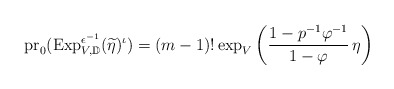
\begin{align*}\mathrm{pr}_0 (\mathrm{Exp}_{V,\mathbb D}^{\epsilon^{-1}}(\widetilde\eta)^{\iota})=(m-1)! \exp_{V} \left (\frac{1-p^{-1}\varphi^{-1}}{1-\varphi}\, \eta\right )\end{align*}